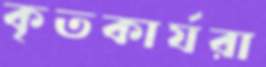
কৃতকার্যরা